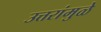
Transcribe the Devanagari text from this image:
उत्तरांमुळे